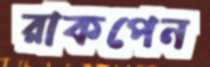
রাকপেন